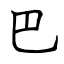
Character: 巴